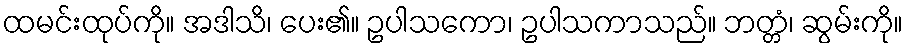
ထမင်းထုပ်ကို။ အဒါသိ၊ ပေး၏။ ဥပါသကော၊ ဥပါသကာသည်။ ဘတ္တံ၊ ဆွမ်းကို။